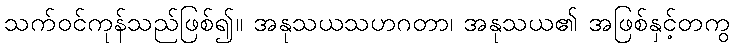
သက်ဝင်ကုန်သည်ဖြစ်၍။ အနုသယသဟဂတာ၊ အနုသယ၏ အဖြစ်နှင့်တကွ